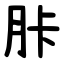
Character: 胩